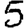
Digit: 5